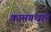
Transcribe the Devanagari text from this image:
कामगंधाने